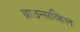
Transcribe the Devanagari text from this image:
ब्राउन्सव्हिल